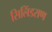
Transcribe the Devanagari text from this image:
सिलिंडराण